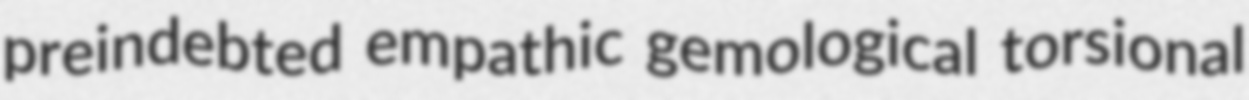
preindebted empathic gemological torsional